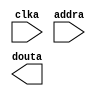
module newInstructionMem(
	clka,
	addra,
	douta);


input clka;
input [3 : 0] addra;
output [31 : 0] douta;

// synthesis translate_off

      BLK_MEM_GEN_V4_2 #(
		.C_ADDRA_WIDTH(4),
		.C_ADDRB_WIDTH(4),
		.C_ALGORITHM(1),
		.C_BYTE_SIZE(9),
		.C_COMMON_CLK(0),
		.C_DEFAULT_DATA("0"),
		.C_DISABLE_WARN_BHV_COLL(0),
		.C_DISABLE_WARN_BHV_RANGE(0),
		.C_FAMILY("virtex5"),
		.C_HAS_ENA(0),
		.C_HAS_ENB(0),
		.C_HAS_INJECTERR(0),
		.C_HAS_MEM_OUTPUT_REGS_A(0),
		.C_HAS_MEM_OUTPUT_REGS_B(0),
		.C_HAS_MUX_OUTPUT_REGS_A(0),
		.C_HAS_MUX_OUTPUT_REGS_B(0),
		.C_HAS_REGCEA(0),
		.C_HAS_REGCEB(0),
		.C_HAS_RSTA(0),
		.C_HAS_RSTB(0),
		.C_HAS_SOFTECC_INPUT_REGS_A(0),
		.C_HAS_SOFTECC_OUTPUT_REGS_B(0),
		.C_INITA_VAL("0"),
		.C_INITB_VAL("0"),
		.C_INIT_FILE_NAME("newInstructionMem.mif"),
		.C_LOAD_INIT_FILE(1),
		.C_MEM_TYPE(3),
		.C_MUX_PIPELINE_STAGES(0),
		.C_PRIM_TYPE(1),
		.C_READ_DEPTH_A(13),
		.C_READ_DEPTH_B(13),
		.C_READ_WIDTH_A(32),
		.C_READ_WIDTH_B(32),
		.C_RSTRAM_A(0),
		.C_RSTRAM_B(0),
		.C_RST_PRIORITY_A("CE"),
		.C_RST_PRIORITY_B("CE"),
		.C_RST_TYPE("SYNC"),
		.C_SIM_COLLISION_CHECK("ALL"),
		.C_USE_BYTE_WEA(0),
		.C_USE_BYTE_WEB(0),
		.C_USE_DEFAULT_DATA(0),
		.C_USE_ECC(0),
		.C_USE_SOFTECC(0),
		.C_WEA_WIDTH(1),
		.C_WEB_WIDTH(1),
		.C_WRITE_DEPTH_A(13),
		.C_WRITE_DEPTH_B(13),
		.C_WRITE_MODE_A("WRITE_FIRST"),
		.C_WRITE_MODE_B("WRITE_FIRST"),
		.C_WRITE_WIDTH_A(32),
		.C_WRITE_WIDTH_B(32),
		.C_XDEVICEFAMILY("virtex5"))
	inst (
		.CLKA(clka),
		.ADDRA(addra),
		.DOUTA(douta),
		.RSTA(),
		.ENA(),
		.REGCEA(),
		.WEA(),
		.DINA(),
		.CLKB(),
		.RSTB(),
		.ENB(),
		.REGCEB(),
		.WEB(),
		.ADDRB(),
		.DINB(),
		.DOUTB(),
		.INJECTSBITERR(),
		.INJECTDBITERR(),
		.SBITERR(),
		.DBITERR(),
		.RDADDRECC());


// synthesis translate_on

// XST black box declaration
// box_type "black_box"
// synthesis attribute box_type of newInstructionMem is "black_box"

endmodule